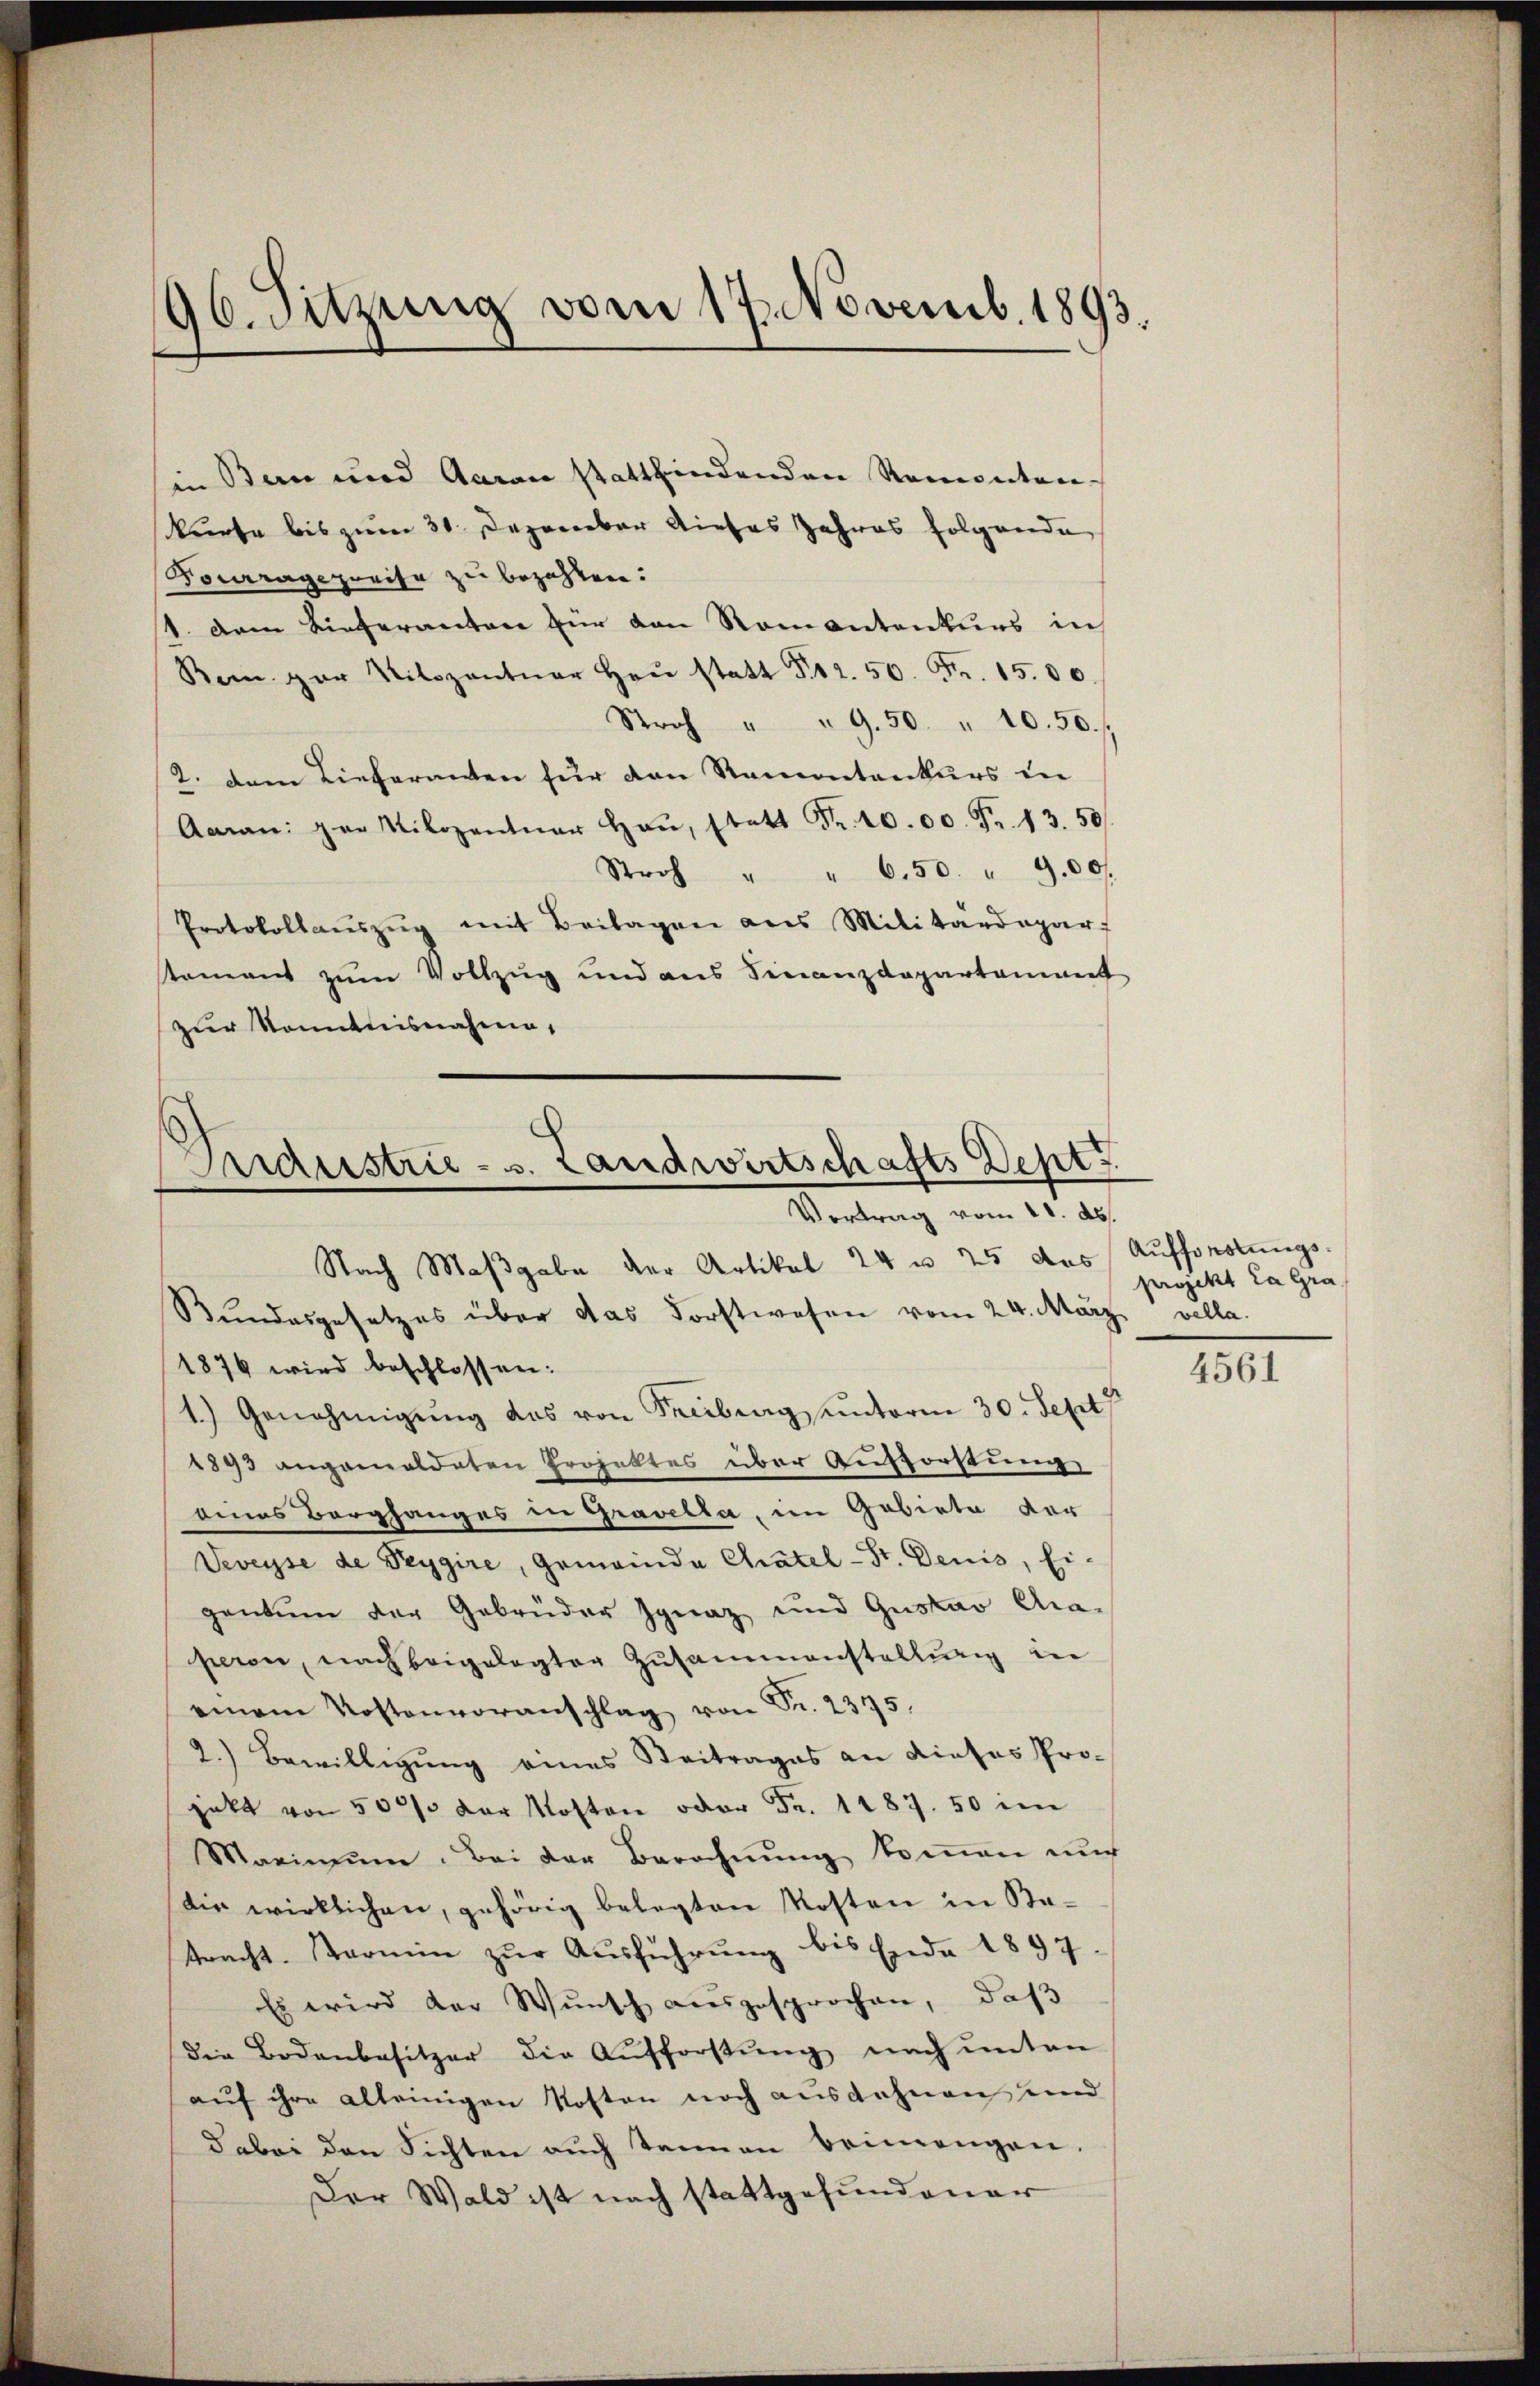
90. Sitzung vom 17. Novemb. 1893.

in Bau und Garan stattfindenden Remontankurse bis zum 31. Dezember dieses Jahres folgende
Vouragepreise zu bezahlen.
1. Dem Lieferantone für den Romantenkurs in
Rem par Nilozentuar heŭ statt 12. 50. Fr. 1500.
Stroh " " 9.50 " 10. 50.
2. dem Lieferanten für den Ramontankurs in
Aman: par Kilozentŭar Haŭ, statt Fr. 10. 00. Fr. 13. 50.
Stroh " " 6.50 " 900.
Protokollaŭszŭg mit Beilagen aus Militärdepar
stament zum Vollzug und aus Finanzdepartament
zur Kenntnisnahme,

Triderstrie - s. Landwirtschafts Dept.
Vertrag vom 11. ds.
Nach Maßgabe der Artikel 24 n 25 des Aufforstungs¬

Bundesgesetzes über das Forstwesen vom 24. März vella.
1876 wird beschlossen:
1.) Genehmigŭng das von Freibung unterm 30. Sept
1893 angemeldeten Projektes über Aufforstung
eines Berghanges in Gravella, im Gebiete der
Veveyse de Peygire, Gemeinde Chätel-St. Denis, Ei-
gentum der Gebrüder Ignaz und Gustav Ga-
peron, nach beigelegter Zusammenstellung in
einem Kostenvoranschlag von Fr. 2375.
2.) Bewilligung eines Steitrages an dieses Projekt von 500/3 der Kosten oder Fr. 1187. 50 im
Maximŭm. Bei der Berechnŭng koṁen nŭr
Die wirklichen, gehörig belegten Kosten in Batracht. Termin zur Ausführung bis Ende 1897.
Es wird der Wunsch ausgesprochen, daß
die Bodenbesitzer die Aufforstung nach unten
aŭf ihre alleinigen Kosten noch ausdehnen und
dabei den Sichten aŭch tannen beimengen.
Der Wald ist nach stattgefundener

projekt la Gra

4561